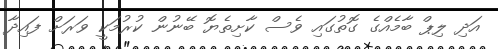
އަދި ލިޕް ބާމެއްގެ ގޮތުގައި ވެސް ކާށިތެޔޮ ބޭނުން ކުރުމަކީ ވަރަށް ފައިދާ